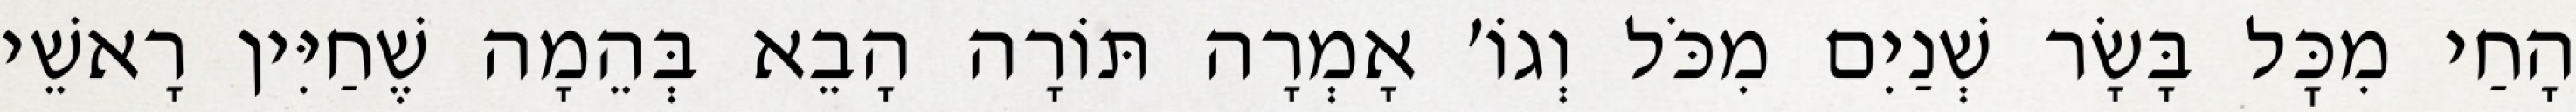
הָחַי מִכׇּל בָּשָׂר שְׁנַיִם מִכֹּל וְגוֹ׳ אָמְרָה תּוֹרָה הָבֵא בְּהֵמָה שֶׁחַיִּין רָאשֵׁי